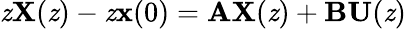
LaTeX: \mathit{z}\mathbf{{X}}(\mathit{z})-\mathit{z}\mathbf{{x}}(0)=\mathbf{{A}}\mathbf{{X}}(\mathit{z})+\mathbf{{B}}\mathbf{{U}}(\mathit{z})